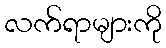
လက်ရာများကို